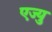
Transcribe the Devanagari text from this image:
एज्यु